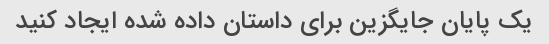
یک پایان جایگزین برای داستان داده شده ایجاد کنید